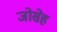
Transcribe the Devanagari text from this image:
जोसेह